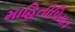
માહિતીપિયત